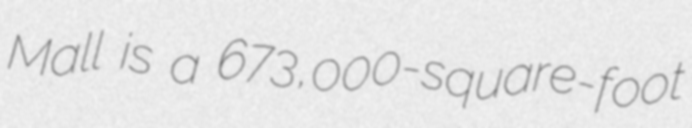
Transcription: Mall is a 673,000-square-foot